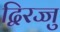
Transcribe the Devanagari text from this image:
द्विरज्जु